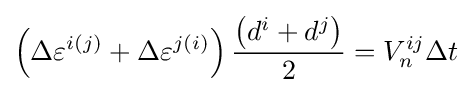
\left(\Delta {\varepsilon ^{i(j)}}+\Delta {\varepsilon ^{j(i)}}\right){\left(d^{i}+d^{j}\right) \over 2}=V_{n}^{ij}\Delta {t}